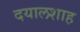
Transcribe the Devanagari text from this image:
दयालशाह